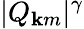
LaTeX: |Q_{\mathbf{k}m}|^{\gamma}